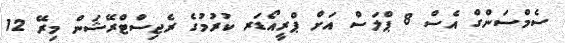
ސެމްސަންގް އެސް 8 ޕްލަސް އަށް ޕްރީއޯޑަރ ކުރުމުގެ ރެޖިސްޓްރޭޝަން މިރޭ 12